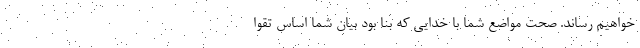
خواهیم رساند. صحت مواضع شما با خدایی که بنا بود بیان شما اساس تقوا